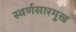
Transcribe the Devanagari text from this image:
स्वर्णसारमुख